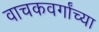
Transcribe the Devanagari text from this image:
वाचकवर्गांच्या